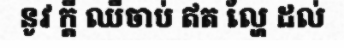
នូវ ក្តី ឈឺចាប់ ឥត ល្ហែ ដល់